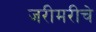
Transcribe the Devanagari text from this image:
जरीमरीचे